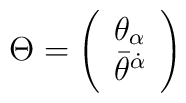
\Theta=\left(\begin{array}{c} {\theta}_{\alpha}\\{\bar\theta}^{\dot\alpha}\end{array} \right)